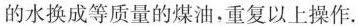
的水换成等质量的煤油，重复以上操作.